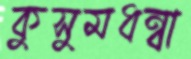
কুসুমধন্বা